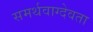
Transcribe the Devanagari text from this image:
समर्थवाग्देवता